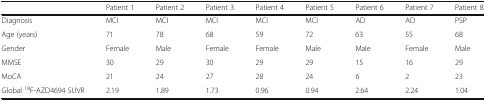
|  | Patient 1 | Patient 2 | Patient 3 | Patient 4 | Patient 5 | Patient 6 | Patient 7 | Patient 8 |
 | --- | --- | --- | --- | --- | --- | --- | --- | --- |
 | Diagnosis | MCI | MCI | MCI | MCI | MCI | AD | AD | PSP |
 | Age (years) | 71 | 78 | 68 | 59 | 72 | 63 | 55 | 68 |
 | Gender | Female | Male | Female | Female | Male | Male | Female | Male |
 | MMSE | 30 | 29 | 30 | 29 | 29 | 15 | 16 | 29 |
 | MoCA | 21 | 24 | 27 | 28 | 24 | 6 | 2 | 23 |
 | Global 18F-AZD4694 SUVR | 2.19 | 1.89 | 1.73 | 0.96 | 0.94 | 2.64 | 2.24 | 1.04 |